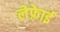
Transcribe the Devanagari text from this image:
लेफ़्रेाई